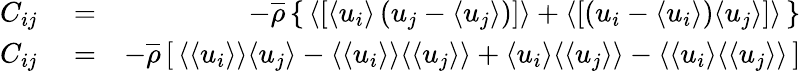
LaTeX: \begin{array}{rlr}{C_{ij}}&{{}=}&{-\overline{{\rho}}\left\{ \, \langle\left[{\langle u_{i}\rangle\left(u_{j}-\langle u_{j}\rangle\right)}\right]\rangle+\langle\left[{\left(u_{i}-\langle u_{i}\rangle\right)\langle u_{j}\rangle}\right]\rangle\, \right\} }\\ {C_{ij}}&{{}=}&{-\overline{{\rho}}\left[\, \langle\langle u_{i}\rangle\rangle\langle u_{j}\rangle-\langle\langle u_{i}\rangle\rangle\langle\langle u_{j}\rangle\rangle+\langle u_{i}\rangle\langle\langle u_{j}\rangle\rangle-\langle\langle u_{i}\rangle\langle\langle u_{j}\rangle\rangle\, \right]}\end{array}